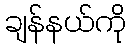
ချန်နယ်ကို